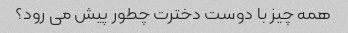
همه چیز با دوست دخترت چطور پیش می رود؟